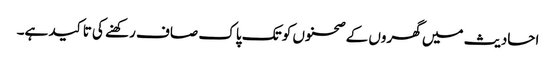
احادیث میں گھروں کے صحنوں کو تک پاک صاف رکھنے کی تاکید ہے۔